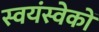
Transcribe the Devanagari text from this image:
स्वयंस्वेकों